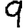
Digit: 9